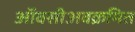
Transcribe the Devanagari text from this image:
ऑक्सीअवक्रमित